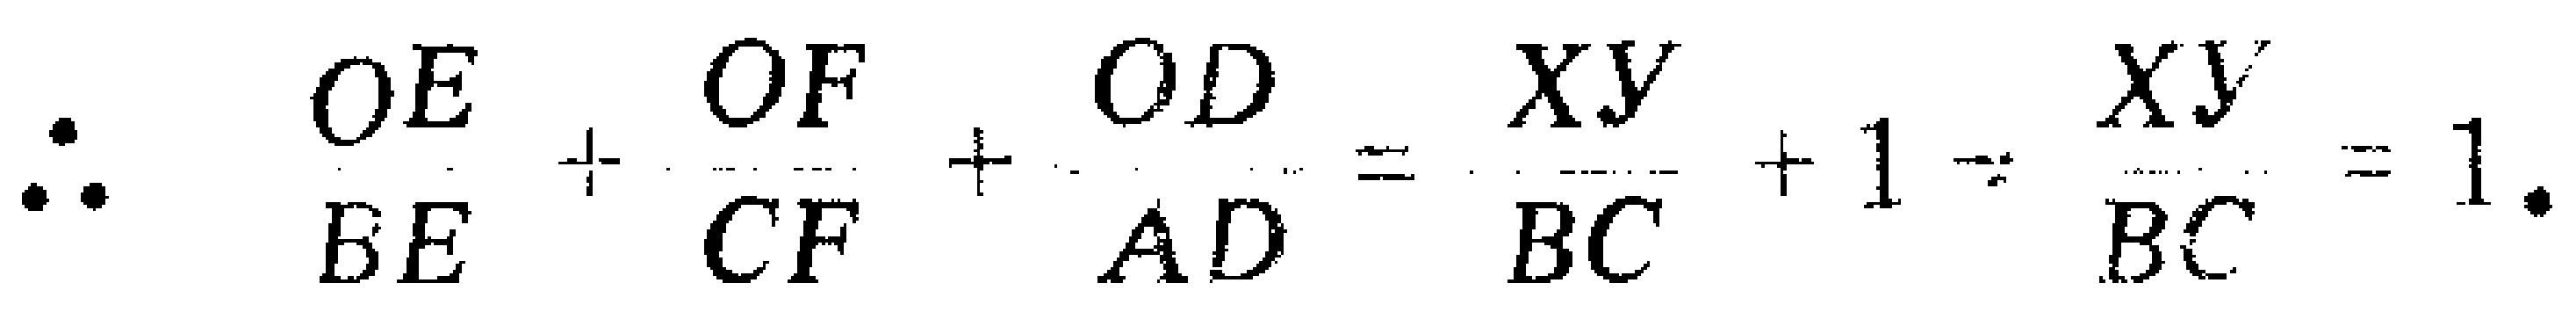
\(\therefore \frac{OE}{BE}+\frac{OF}{CF}+\frac{OD}{AD}=\frac{XY}{BC}+1 - \frac{XY}{BC}=1\).